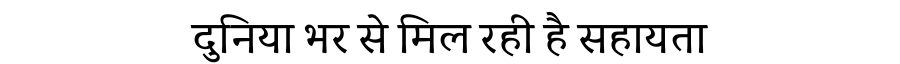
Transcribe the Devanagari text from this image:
दुनिया भर से मिल रही है सहायता